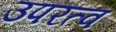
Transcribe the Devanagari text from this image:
उपरत्व